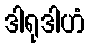
ဒါရုဒါဟံ